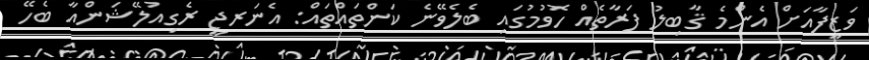
ވަޒީފާއަށް އެންމެ ޤާބިލު ފަރާތެއް ހޮވުމުގައި ބެލެވޭނެ ކަންތައްތައް: އެނަރޖީ ރެގިއުލޭޝަންއާ ބެހޭ